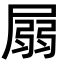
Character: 𡲳